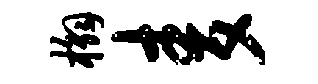
槲麦